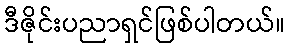
ဒီဇိုင်းပညာရှင်ဖြစ်ပါတယ်။